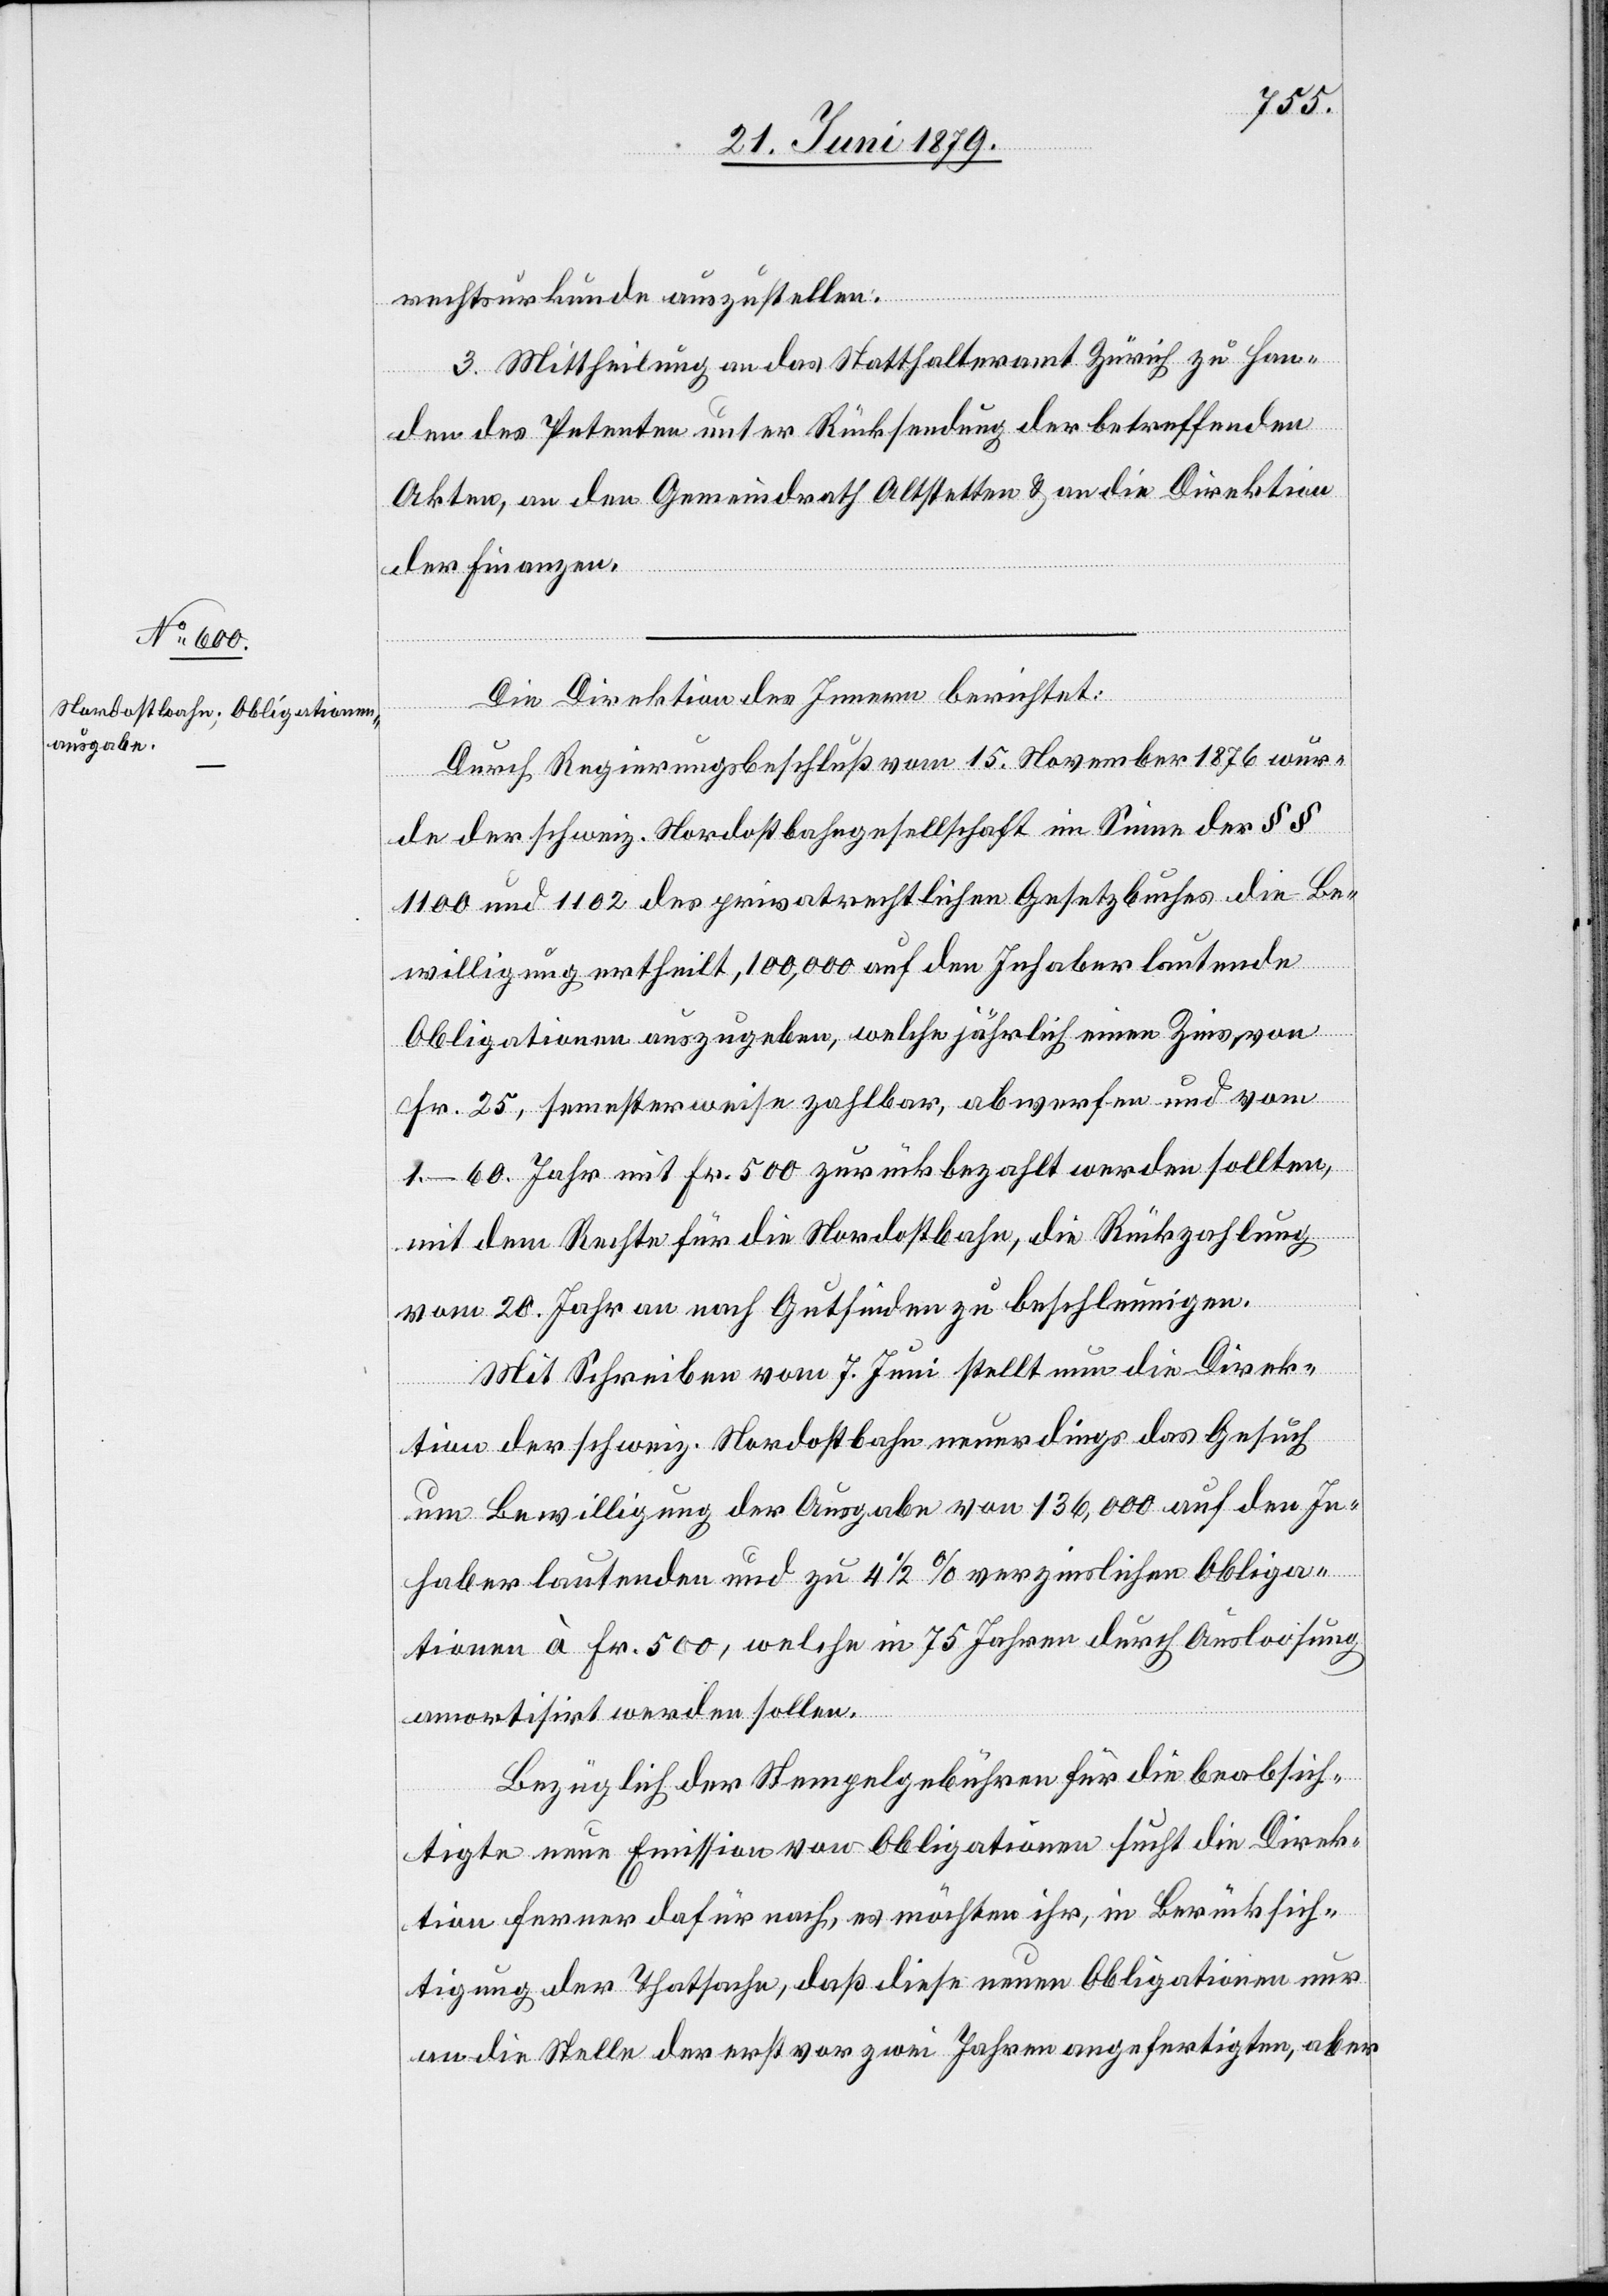
rechtsurkunde auszustellen.
3. Mittheilung an das Statthalteramt Zürich zu Han¬
den des Petenten unter Rücksendung der betreffenden
Akten, an den Gemeindrath Altstetten & an die Direktion
der Finanzen.
Die Direktion des Innern berichtet:
Durch Regierungsbeschluß vom 15. November 1876 wur¬
de der schweiz. Nordostbahngesellschaft im Sinne der §§
1100 und 1102 des privatrechtlichen Gesetzbuches die Be¬
willigung ertheilt, 100,000 auf den Inhaber lautende
Obligationen auszugeben, welche jährlich einen Zins von
Fr. 25, semesterweise zahlbar, abwerfen und vom
1.–60. Jahr mit Fr. 500 zurückbezahlt werden sollten,
mit dem Rechte für die Nordostbahn, die Rückzahlung
vom 20. Jahr an nach Gutfinden zu beschleunigen.
Mit Schreiben vom 7. Juni stellt nun die Direk¬
tion der schweiz. Nordostbahn neuerdings das Gesuch
um Bewilligung der Ausgabe von 136,000 auf den In¬
haber lautenden und zu 4 1/2% verzinslichen Obliga¬
tionen à Fr. 500, welche in 75 Jahren durch Ausloosung
amortisirt werden sollen.
Bezüglich der Stempelgebühren für die beabsich¬
tigte neue Emission von Obligationen sucht die Direk¬
tion fernern dafür nach, es möchten ihr, in Berücksich¬
tigung der Thatsache, daß diese neuen Obligationen nur
an die Stelle der erst vor zwei Jahren angefertigten, aber